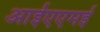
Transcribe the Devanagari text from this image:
आईएएमई